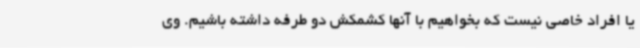
یا افراد خاصی نیست که بخواهیم با آنها کشمکش دو طرفه داشته باشیم. وی